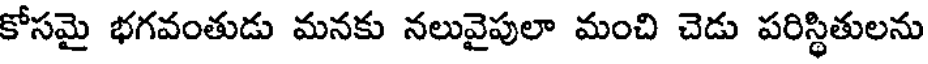
కోసమై భగవంతుడు మనకు నలువైపులా మంచి చెడు పరిస్థితులను